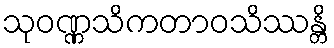
သုဝဏ္ဏသိကတာဝသိဿန္တိ